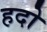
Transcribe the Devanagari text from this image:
हदो